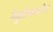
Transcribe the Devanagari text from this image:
मेडुलोब्लास्टोमा